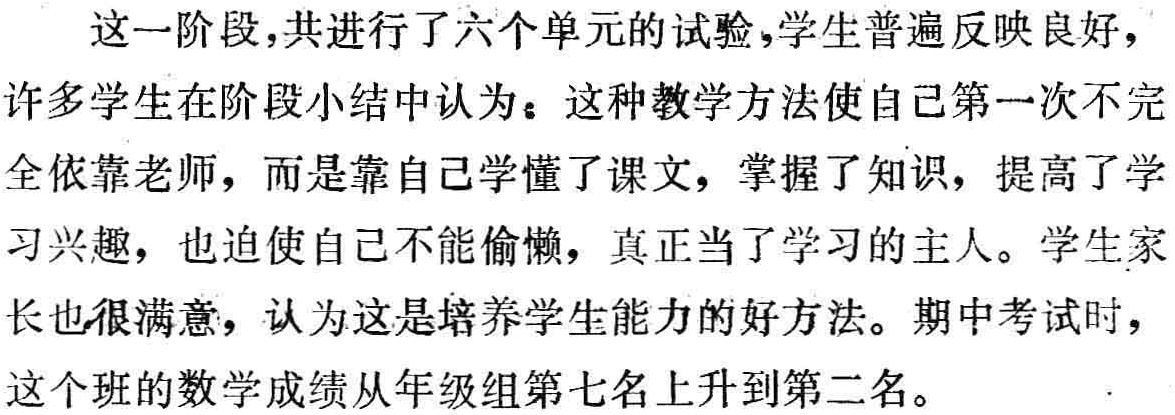
这一阶段,共进行了六个单元的试验,学生普遍反映良好，许多学生在阶段小结中认为：这种教学方法使自己第一次不完全依靠老师，而是靠自己学懂了课文，掌握了知识，提高了学习兴趣，也迫使自己不能偷懒，真正当了学习的主人。学生家长也很满意，认为这是培养学生能力的好方法。期中考试时，这个班的数学成绩从年级组第七名上升到第二名。